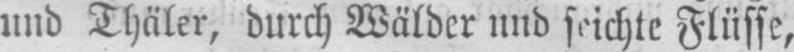
und Thäler, durch Wälder und seichte Flüsse,